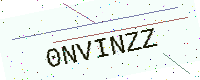
Text: 0NVINZZ